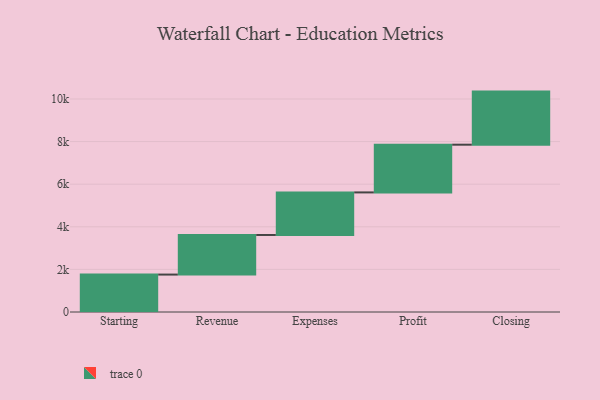
{"axis": {"x": "Step", "y": "Value"}, "legend": [""], "data": [{"x": "Starting", "y": 1757.0, "type": ""}, {"x": "Revenue", "y": 1859.0, "type": ""}, {"x": "Expenses", "y": 1998.0, "type": ""}, {"x": "Profit", "y": 2240.0, "type": ""}, {"x": "Closing", "y": 2492.0, "type": ""}]}